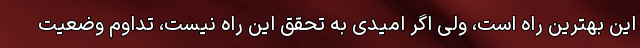
این بهترین راه است، ولی اگر امیدی به تحقق این راه‌ نیست، تداوم وضعیت